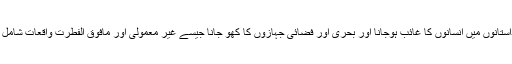
ان داستانوں میں انسانوں کا غائب ہوجانا اور بحری اور فضائی جہازوں کا کھو جانا جیسے غیر معمولی اور مافوق الفطرت واقعات شامل ہیں۔